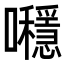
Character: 𡅯